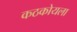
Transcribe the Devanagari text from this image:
कठकोयला